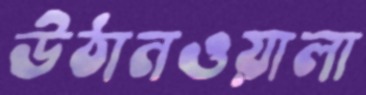
উঠানওয়ালা